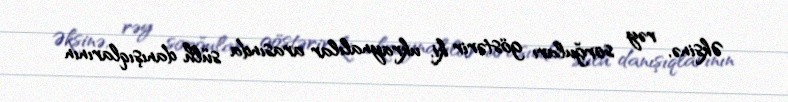
Əksinə, rəy sorğuları göstərir ki, ukraynalılar arasında sülh danışıqlarının